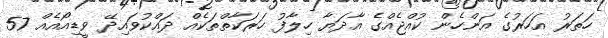
ހަތަރު އަހަރުގެ އަންހެން ކުއްޖެއްގެ އާދަޔާ ހިލާފު ހަރަކާތްތަކެއް ދައްކުވައިދޭ ވީޑިއޯއެއް 57